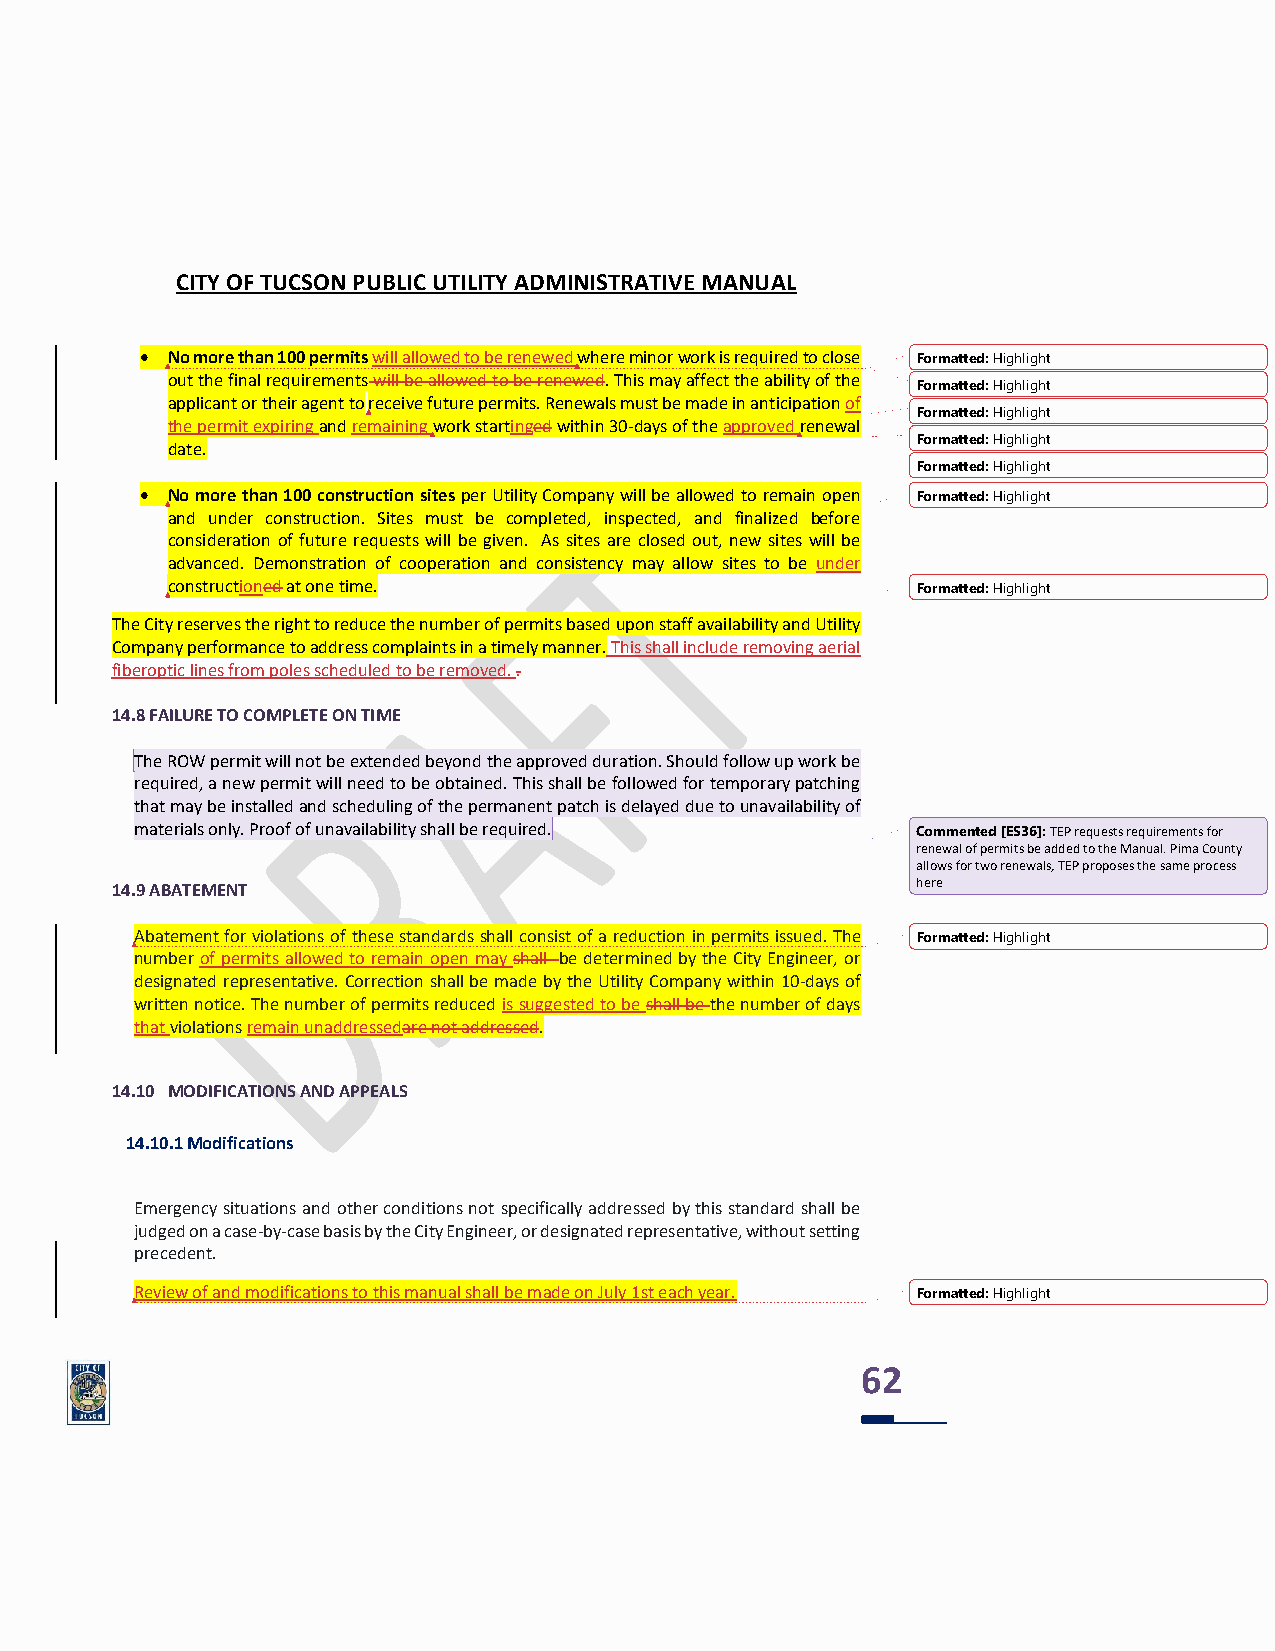
CITY OF TUCSON PUBLIC UTILITY ADMINISTRATIVE MANUAL
 • No more than 100 permits will allowed to be renewed where minor work is required to close Formatted: Highlight
 out the final requirements will be allowed to be renewed. This may affect the ability of the
 Formatted: Highlight
 applicant or their agent to receive future permits. Renewals must be made in anticipation of
 Formatted: Highlight
 the permit expiring and remaining work startinged within 30-days of the approved renewal
 Formatted: Highlight
 date.
 Formatted: Highlight
 • No more than 100 construction sites per Utility Company will be allowed to remain open Formatted: Highlight
 and under construction. Sites must be completed, inspected, and finalized before
 consideration of future requests will be given. As sites are closed out, new sites will be
 advanced. Demonstration of cooperation and consistency may allow sites to be under
 constructioned at one time.                       Formatted: Highlight
 The City reserves the right to reduce the number of permits based upon staff availability and Utility
 Company performance to address complaints in a timely manner. This shall include removing aerial
 fiberoptic lines from poles scheduled to be removed. .
 14.8 FAILURE TO COMPLETE ON TIME
 The ROW permit will not be extended beyond the approved duration. Should follow up work be
 required, a new permit will need to be obtained. This shall be followed for temporary patching
 that may be installed and scheduling of the permanent patch is delayed due to unavailability of
 materials only. Proof of unavailability shall be required. Commented [ES36]: TEP requests requirements for
 renewal of permits be added to the Manual. Pima County
 allows for two renewals, TEP proposes the same process
 14.9 ABATEMENT                                        here
 Abatement for violations of these standards shall consist of a reduction in permits issued. The Formatted: Highlight
 number of permits allowed to remain open may shall be determined by the City Engineer, or
 designated representative. Correction shall be made by the Utility Company within 10-days of
 written notice. The number of permits reduced is suggested to be shall be the number of days
 that violations remain unaddressedare not addressed.
 14.10 MODIFICATIONS AND APPEALS
 14.10.1 Modifications
 Emergency situations and other conditions not specifically addressed by this standard shall be
 judged on a case-by-case basis by the City Engineer, or designated representative, without setting
 precedent.
 Review of and modifications to this manual shall be made on July 1st each year. Formatted: Highlight
 62